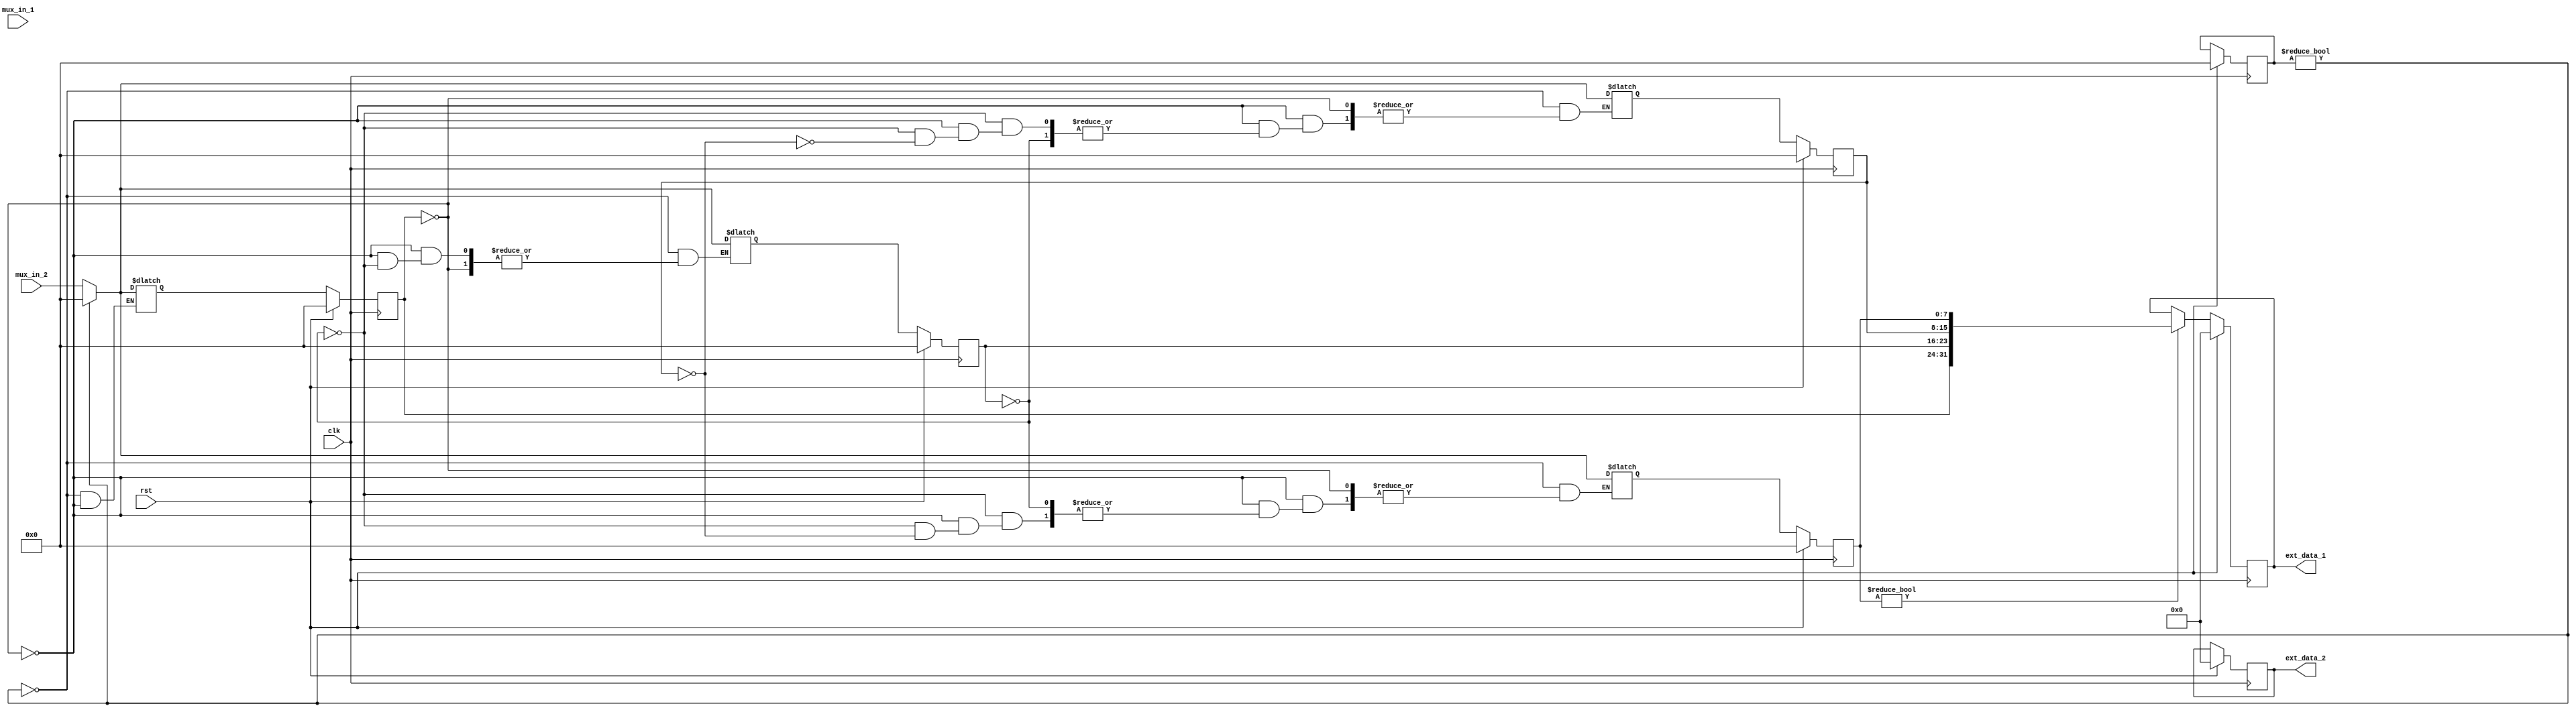
`timescale 1ns / 1ps

module mux(  
    input wire [7:0] mux_in_1,
    input wire [7:0] mux_in_2,
    input wire clk,
    input wire rst,
    
    output reg [31:0] ext_data_1,
    output reg [31:0] ext_data_2
);

reg [7:0] data_1_1, data_1_2, data_1_3, data_1_4;
reg [7:0] data_2_1, data_2_2, data_2_3, data_2_4;

reg [7:0] data_1_1_nxt, data_1_2_nxt, data_1_3_nxt, data_1_4_nxt;
reg [7:0] data_2_1_nxt, data_2_2_nxt, data_2_3_nxt, data_2_4_nxt;

reg [31:0] ext_data_1_nxt, ext_data_2_nxt;
    
always@(posedge clk) begin
    if(rst) begin
        ext_data_1 <= 0;
        data_1_1 <= 0;
        data_1_2 <= 0;
        data_1_3 <= 0;
        data_1_4 <= 0;
        
        ext_data_2 <= 0;
        data_2_1 <= 0;
        data_2_2 <= 0;
        data_2_3 <= 0;
        data_2_4 <= 0;
    end
    else begin
        ext_data_1 <= ext_data_1_nxt;
        data_1_1 <= data_1_1_nxt;
        data_1_2 <= data_1_2_nxt;
        data_1_3 <= data_1_3_nxt;
        data_1_4 <= data_1_4_nxt;
        
        ext_data_1 <= ext_data_1_nxt;
        data_1_1 <= data_2_1_nxt;
        data_1_2 <= data_2_2_nxt;
        data_1_3 <= data_2_3_nxt;
        data_1_4 <= data_2_4_nxt;
    end

end
    
always@*begin
    if(data_1_1 == 0) data_1_1_nxt = mux_in_1;
    else if( data_1_2 == 0) data_1_2_nxt = mux_in_1;
    else if( data_1_3 == 0) data_1_3_nxt = mux_in_1;
    else data_1_4_nxt = mux_in_1;
    
    if(data_1_1 == 0) data_2_1_nxt = mux_in_2;
    else if( data_1_2 == 0) data_2_2_nxt = mux_in_2;
    else if( data_1_3 == 0) data_2_3_nxt = mux_in_2;
    else data_2_4_nxt = mux_in_2;
    
    if(data_1_4 != 0) begin
        ext_data_1_nxt = {data_1_1, data_1_2, data_1_3, data_1_4};
        data_1_1_nxt = 0;
        data_1_2_nxt = 0;
        data_1_3_nxt = 0;
        data_1_4_nxt = 0;
    end
        else ext_data_1_nxt = ext_data_1;
    
    if(data_2_4 != 0) begin
        ext_data_2_nxt = {data_2_1, data_2_2, data_2_3, data_2_4};
        data_2_1_nxt = 0;
        data_2_2_nxt = 0;
        data_2_3_nxt = 0;
        data_2_4_nxt = 0;
    end
        else ext_data_2_nxt = ext_data_1;
    end

endmodule